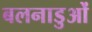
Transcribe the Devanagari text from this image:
बलनाडुओं